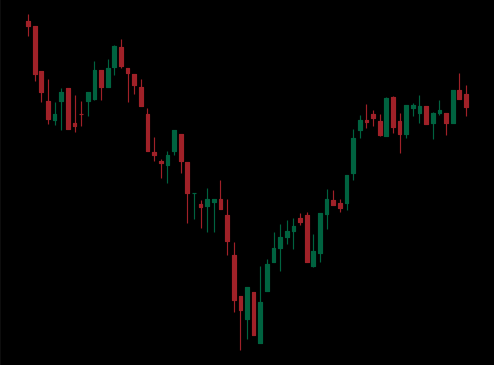
Pattern: inverse_head_shoulders